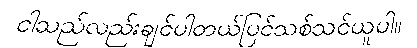
ငါသည်လည်းချင်ပါတယ်ပြင်သစ်သင်ယူပါ။